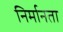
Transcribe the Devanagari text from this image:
निर्मानता